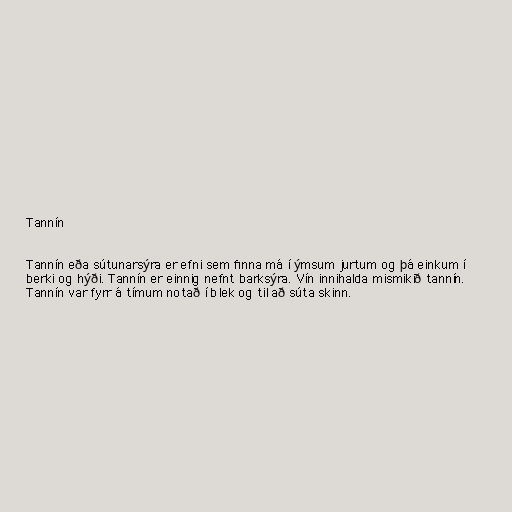
Tannín

Tannín eða sútunarsýra er efni sem finna má í ýmsum jurtum og þá einkum í
berki og hýði. Tannín er einnig nefnt barksýra. Vín innihalda mismikið tannín.
Tannín var fyrr á tímum notað í blek og til að súta skinn.